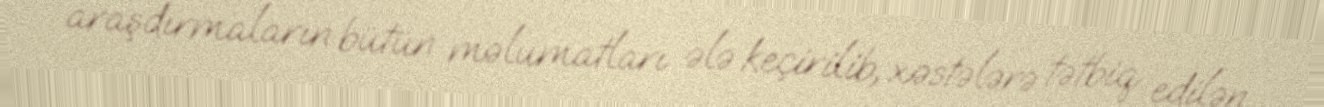
araşdırmaların bütün məlumatları ələ keçirilib, xəstələrə tətbiq edilən